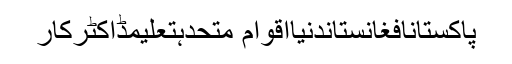
پاکستانافغانستاندنیااقوام متحدہتعلیمڈاکٹرکار